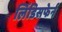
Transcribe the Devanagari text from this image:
लिंडिसफेर्न